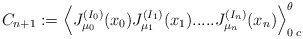
\begin{align*}C_{n+1} := \Big\langle J_{\mu_0}^{(I_0)}(x_0) J_{\mu_1}^{(I_1)}(x_1) ..... J_{\mu_n}^{(I_n)}(x_n) \Big\rangle_{0\; c}^\theta\end{align*}